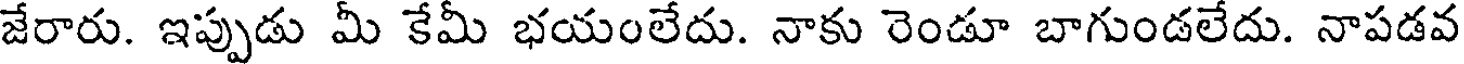
జేరారు. ఇప్పుడు మీ కేమీ భయంలేదు. నాకు రెండూ బాగుండలేదు. నాపడవ